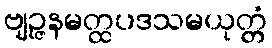
ဗျဉ္ဇနမတ္ထပဒသမယုတ္တံ